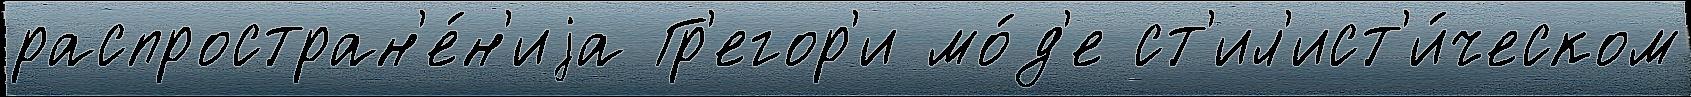
распростран'е́н'иjа Гр'егор'и мо́д'е ст'ил'ист'и́ческом